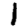
Digit: 1